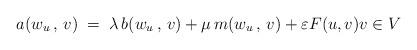
LaTeX: \begin{align*}a(w_u\, , \, v) \; = \; \lambda\, b(w_u\, , \, v) + \mu\, m(w_u\, , \, v) + \varepsilon F(u, v) v\in V\end{align*}